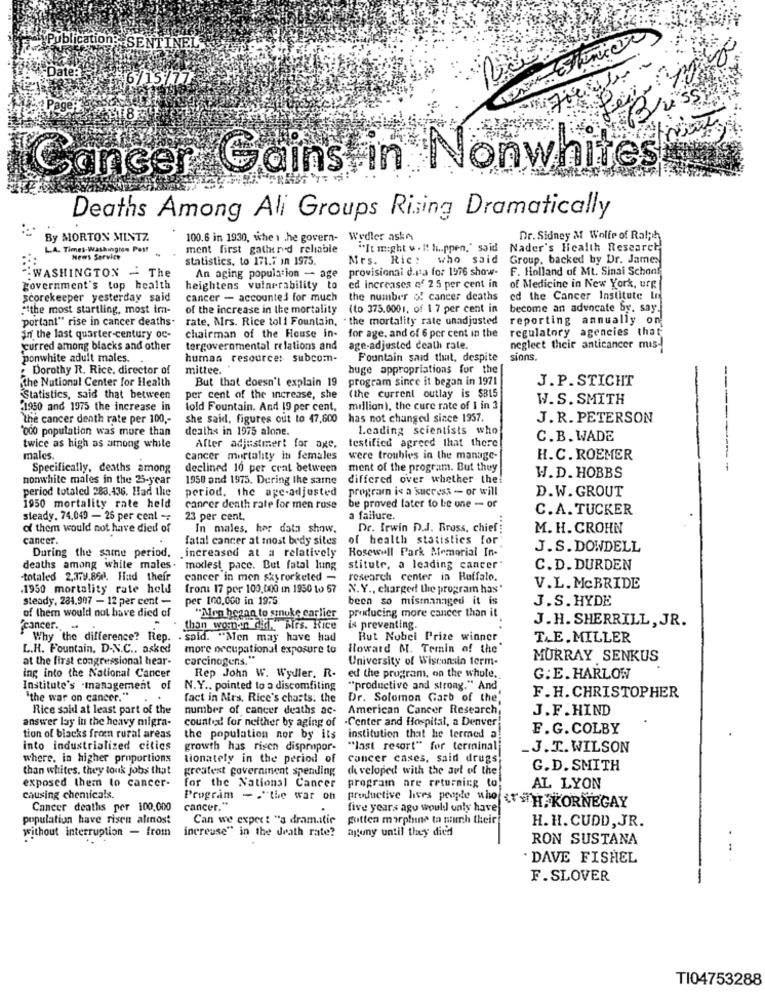
Publication: SENTINEL
Date:
16/15/77
Bri
Cancer Gains in Nonwhites
Deaths Among Ali Groups Rising Dramatically
By MORTON MINTZ.
100.6 in 1930, whe 1 .he govern-
Wedler aske
Dr. Sidney & Wolfe of Ralph
L.A. Times-Washington Post
ment first gathered reliable
"It might w . It hu.ppen," said Nader's Health Research
News Service
statistics, to 171.5 in 1975.
Mrs. Ric: who said
Group, backed by Dr. James
An aging population - age
provisional d.ssa for 1976 show-
F. Holland of Mt. Sinai School
WASHINGTON - The
government's top health
heightens vulnerability to
ed increases of 2 5 per cent in
of Medicine in New York, urg
scorekeeper yesterday said
cancer - accounted for much the number of cancer deaths
ed the Cancer Institute In
#the most startling, most im-
of the increase in the mortality (to 375.0001. of 1 7 per cent in
become an advocate by. say.
"portant" rise in cancer deaths.
rate, Mrs. Rice tol 1 Fountain, . the mortality rate unadjusted
reporting annually on
chairman of the House in- for age, and of 6 per cent in the
regulatory agencies that
in the last quarter-century oc-
curred among blacks and other
tergovernmental relations and
age-adjusted death rate.
neglect their anticancer mis-
ponwhite adult males.
human resource: subcom-
Fountain said that, despite
sions.
Dorothy R. Rice, director of
mittee.
buge appropriations for the
the National Center for Health
program since it began in 1971
J.P. STICHT
--
But that doesn't explain 19
Statistics, said that between
per cent of the increase, she
(the current outlay is $B15
W. S. SMITH
-1950 and 1975 the increase in
told Fountain. And 19 per cent, millioni, the cure rate of I in 3
the cancer denth rate per 100 ,-
she said, figures out to 47,600
has not changed since 1957.
J. R. PETERSON
'000 population was more than
deaths in 1975 alone.
1.cading scientists who
C. B. WADE
twice as high as among white
After adjustmert for axe,
testified agreed that there
males.
cancer mortality in females
were troubles in the manage-
H.C. ROEMER
Specifically, deaths among
declined 10 per crat between
ment of the program. But they
nonwhite males in the 25-year
1950 and 1975. During the same
differed over whether the!
W.D. HOBBS
period totaled 283.436. Had the
period. the age-adjusted
program is a success - or will
D.W. GROUT
1950 mortality rate held
cancer death rate for men rose
be proved later to le one - or
C.A. TUCKER
steady. 74.049 - 25 per cent -:
23 per cent,
a failure.
of them would not have died of
In males, har data show.
Dr. Irwin D.J. Bross, chief
M. H. CROHN
cancer.
fatal cancer at most body sites
of health statistics for
During the same period.
.increased at a relatively
Rosewell Park Memorial In-"
J.S. DOWDELL
deaths among white males. modest pace. But fatal lung
stitute, a leading cancer"
C. D. DURDEN
totaled 2.379.868. Had their
cancer in men skyrocketed -
research center in Ruffalo.
,1950 mortality rate held
from: 17 por 100,000 in 1950 to 57
N. Y ., charged the program has'
V.L. McBRIDE
steady, 284.907 - 12 per cent -
per 100.000 in 1975
been so mismanaged it is
J.S. HYDE
of them would not have died of
.
"Mon hegan to smuke carlier
producing more cancer than it
J. H. SHERRILL , JR.
cancer.
than woman day, Mrs. Rice
is preventing.
Why the difference? Rep.
said. "Men may have had
But Nobel Prize winner
T.E.MILLER
L.H. Fountain. D-N.C ., asked
more occupational exposure to
Howard M. Temin of the
at the first congressional hear-
carcinogens."
University of Wisconsin term-
MURRAY SENKUS
ing into the National Cancer
Rep John W. Wydler. R.
ed the program, on the whole,
G:E. HARLOW
Institute's -management of
N.Y ., pointed to a discomfiting
"productive and strong." And
"the war on cancer."
.
fact in Ars. Rice's charts: the
Dr. Solomon Garb of the,
F.H. CHRISTOPHER
Rice said at least part of the
number of cancer deaths ac- American Cancer Research,
J.F . HIND
answer lay in the heavy migra-
counted for neither by aging of -Center and Hospital, a Denver!
E.G. COLBY
tion of blacks from rural areas
the population nor by its
institution that he termed a!
into industrialized citics
growth has risen dispropor-
"last resort" for terminali
_J.T. WILSON
where. in higher proportions
tionately in the period of
Cancer cases, said drugs
than whites. they louk jobs that
greatest government spending
developed with the aul of the
G.D. SMITH
exposed them to cancer-
for the National Cancer
program are returning to
AL LYON
causing chemicals.
Program - . "the war on
Cancer deaths per 100.000
cancer.
productive liers people who -KORNEGAY
five years ago would only have
population have risen almost
Can we expect "a dramatic
gotten morphine ta nimh their
H. H. CUDD, JR.
increase" in the death rate?
agony until they died
without interruption - from
RON SUSTANA
DAVE FISHEL
F.SLOVER
TI04753288